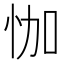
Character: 𱞏